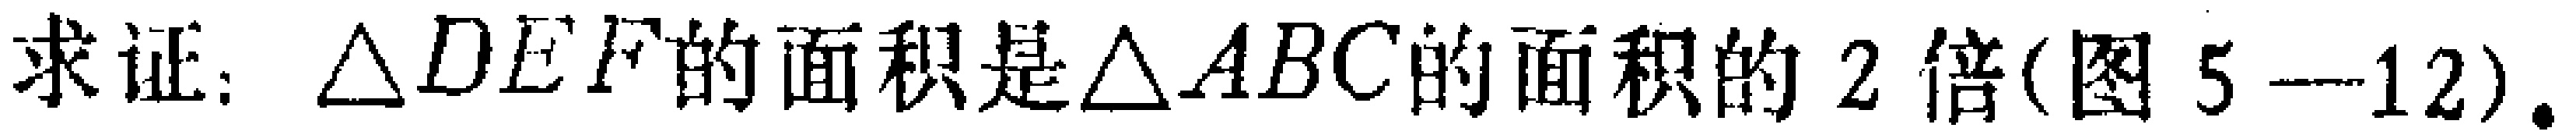
求证：\(\triangle DEF\)的面积是\(\triangle ABC\)的面积的\(2\)倍(图 \(5 - 12\))。